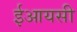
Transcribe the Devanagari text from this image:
ईआयसी